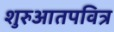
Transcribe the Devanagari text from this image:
शुरुआतपवित्र